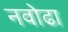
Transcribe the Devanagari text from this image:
नवोढा